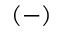
( - )